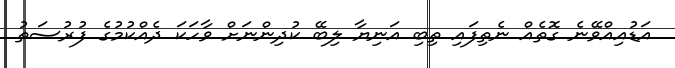
އަޑުއިއްވޭނެ ގޮތެއް ނެތިފައި ތިބި އަނިޔާ ލިބޭ ކުދިންނަށް ވާހަކަ ދެއްކުމުގެ ފުރުސަތު